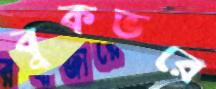
বুকভরে